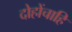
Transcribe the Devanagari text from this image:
दोहोंचाहि